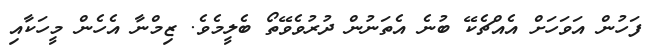
ފަހުން އަވަހަށް އެއްޗެކޭ ބުނެ އެތަނުން ދުރުވެވޭތޯ ބެލީމެވެ. ޒިމްނާ އެހެން މީހަކާއި